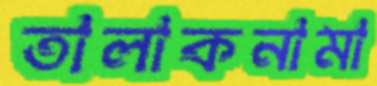
তালাকনামা